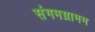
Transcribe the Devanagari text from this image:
संगमग्रामम